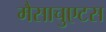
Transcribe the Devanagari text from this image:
मैसाचुएटस